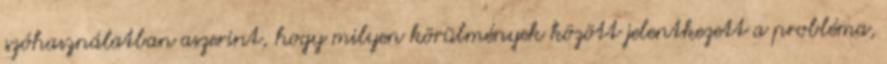
szóhasználatban aszerint, hogy milyen körülmények között jelentkezett a probléma,